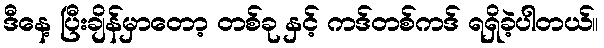
ဒီနေ့ ပြီးချိန်မှာတော့ တစ်ခု နှင့် ကဒ်တစ်ကဒ် ရရှိခဲ့ပါတယ်။